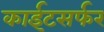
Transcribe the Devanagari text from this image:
काईटसर्फर